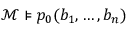
{ \mathcal { M } } \models p _ { 0 } ( b _ { 1 } , \ldots , b _ { n } )